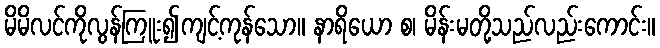
မိမိလင်ကိုလွန်ကြူး၍ကျင့်ကုန်သော။ နာရိယော စ၊ မိန်းမတို့သည်လည်းကောင်း။